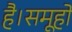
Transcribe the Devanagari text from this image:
है।समूहों